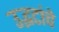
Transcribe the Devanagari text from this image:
उद्भटांचे